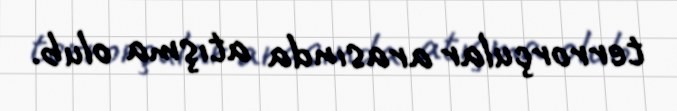
terrorçular arasında atışma olub.